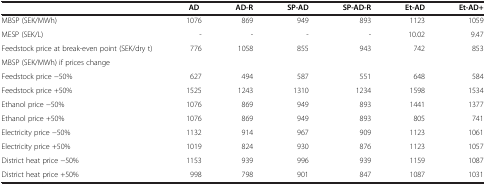
<table><thead><tr><td><b> </b></td><td><b>AD </b></td><td><b>AD-R</b></td><td><b>SP-AD</b></td><td><b>SP-AD-R</b></td><td><b>Et-AD</b></td><td><b>Et-AD+</b></td></tr></thead><tbody><tr><td>MBSP (SEK/MWh)</td><td>1076</td><td>869</td><td>949</td><td>893</td><td>1123</td><td>1059</td></tr><tr><td>MESP (SEK/L)</td><td>-</td><td>-</td><td>-</td><td>-</td><td>10.02</td><td>9.47</td></tr><tr><td>Feedstock price at break-even point (SEK/dry t)</td><td>776</td><td>1058</td><td>855</td><td>943</td><td>742</td><td>853</td></tr><tr><td>MBSP (SEK/MWh) if prices change</td><td> </td><td> </td><td> </td><td> </td><td> </td><td> </td></tr><tr><td>Feedstock price -50%</td><td>627</td><td>494</td><td>587</td><td>551</td><td>648</td><td>584</td></tr><tr><td>Feedstock price +50%</td><td>1525</td><td>1243</td><td>1310</td><td>1234</td><td>1598</td><td>1534</td></tr><tr><td>Ethanol price -50%</td><td>1076</td><td>869</td><td>949</td><td>893</td><td>1441</td><td>1377</td></tr><tr><td>Ethanol price +50%</td><td>1076</td><td>869</td><td>949</td><td>893</td><td>805</td><td>741</td></tr><tr><td>Electricity price -50%</td><td>1132</td><td>914</td><td>967</td><td>909</td><td>1123</td><td>1061</td></tr><tr><td>Electricity price +50%</td><td>1019</td><td>824</td><td>930</td><td>876</td><td>1123</td><td>1057</td></tr><tr><td>District heat price -50%</td><td>1153</td><td>939</td><td>996</td><td>939</td><td>1159</td><td>1087</td></tr><tr><td>District heat price +50%</td><td>998</td><td>798</td><td>901</td><td>847</td><td>1087</td><td>1031</td></tr></tbody></table>